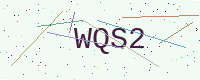
Text: WQS2